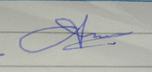
Signature authenticity: forged